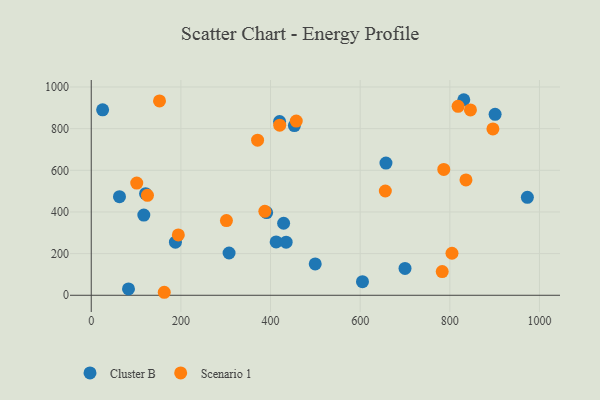
{"axis": {"x": "Speed", "y": "Fuel Efficiency"}, "legend": ["Cluster B", "Scenario 1"], "data": [{"x": "63.0", "y": 473.2, "type": "Cluster B"}, {"x": "499.7", "y": 150.6, "type": "Cluster B"}, {"x": "901.0", "y": 868.8, "type": "Cluster B"}, {"x": "307.5", "y": 202.9, "type": "Cluster B"}, {"x": "121.2", "y": 487.6, "type": "Cluster B"}, {"x": "420.2", "y": 833.8, "type": "Cluster B"}, {"x": "700.0", "y": 129.1, "type": "Cluster B"}, {"x": "429.2", "y": 345.8, "type": "Cluster B"}, {"x": "391.3", "y": 397.1, "type": "Cluster B"}, {"x": "657.5", "y": 634.9, "type": "Cluster B"}, {"x": "453.2", "y": 814.9, "type": "Cluster B"}, {"x": "117.3", "y": 385.0, "type": "Cluster B"}, {"x": "83.1", "y": 30.5, "type": "Cluster B"}, {"x": "187.8", "y": 255.0, "type": "Cluster B"}, {"x": "412.5", "y": 255.9, "type": "Cluster B"}, {"x": "25.4", "y": 890.5, "type": "Cluster B"}, {"x": "605.1", "y": 65.1, "type": "Cluster B"}, {"x": "973.0", "y": 470.1, "type": "Cluster B"}, {"x": "434.8", "y": 254.9, "type": "Cluster B"}, {"x": "831.1", "y": 938.8, "type": "Cluster B"}, {"x": "457.4", "y": 836.4, "type": "Scenario 1"}, {"x": "786.5", "y": 604.0, "type": "Scenario 1"}, {"x": "125.4", "y": 480.0, "type": "Scenario 1"}, {"x": "836.0", "y": 553.9, "type": "Scenario 1"}, {"x": "818.4", "y": 907.3, "type": "Scenario 1"}, {"x": "371.1", "y": 744.5, "type": "Scenario 1"}, {"x": "162.9", "y": 14.4, "type": "Scenario 1"}, {"x": "387.3", "y": 402.8, "type": "Scenario 1"}, {"x": "420.5", "y": 816.5, "type": "Scenario 1"}, {"x": "656.1", "y": 500.5, "type": "Scenario 1"}, {"x": "194.3", "y": 289.7, "type": "Scenario 1"}, {"x": "101.5", "y": 538.6, "type": "Scenario 1"}, {"x": "783.0", "y": 113.7, "type": "Scenario 1"}, {"x": "152.3", "y": 933.1, "type": "Scenario 1"}, {"x": "804.8", "y": 201.7, "type": "Scenario 1"}, {"x": "301.6", "y": 358.6, "type": "Scenario 1"}, {"x": "896.1", "y": 798.4, "type": "Scenario 1"}, {"x": "846.0", "y": 890.0, "type": "Scenario 1"}]}